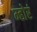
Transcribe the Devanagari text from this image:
म्होरं